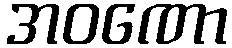
အဝဏော